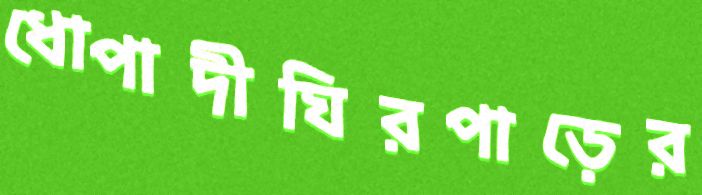
ধোপাদীঘিরপাড়ের